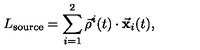
L _ { \mathrm { s o u r c e } } = \sum _ { i = 1 } ^ { 2 } \vec { \rho } ^ { i } ( t ) \cdot { \bf \vec { x } } _ { i } ( t ) ,